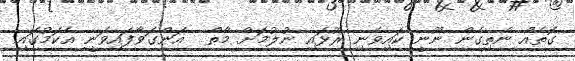
ގޮތެއް ނެތިގެން ނޫނީ ކައިވެނި ރޫޅައި ނުލުމަށް މާތް  އަންގަވާފައިވަނީ އެކަމުގައި